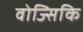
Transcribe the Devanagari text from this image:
वोज्सिकि